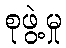
စုဖွဲ့မှု